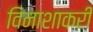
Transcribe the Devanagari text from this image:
विनाशाकरी